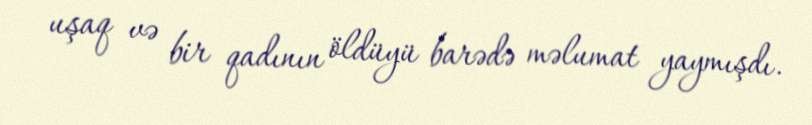
uşaq və bir qadının öldüyü barədə məlumat yaymışdı.